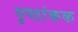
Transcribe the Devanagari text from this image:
पृष्ठांकक